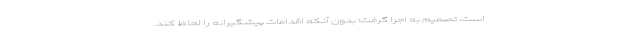
است، تصمیم به اجرا گرفت؛ بدون آنکه اقدامات پیشگیرانه را لحاظ کند.